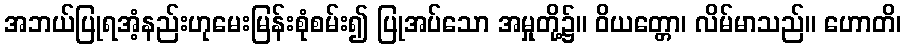
အဘယ်ပြုရအံ့နည်းဟုမေးမြန်းစုံစမ်း၍ ပြုအပ်သော အမှုတို့၌။ ဝိယတ္တော၊ လိမ်မာသည်။ ဟောတိ၊